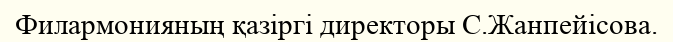
Филармонияның қазіргі директоры С.Жанпейісова.